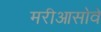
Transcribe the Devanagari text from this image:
मरीआसोवे